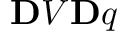
\ensuremath Ḋ \mathbf Ḋ V Ḍ Ḍ _ { Ḋ } \ensuremath Ḋ \mathbf Ḋ q Ḍ Ḍ Ḍ